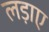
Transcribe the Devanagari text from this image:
लड़ाए